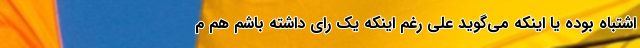
اشتباه بوده یا اینکه می‌گوید علی رغم اینکه یک رای داشته باشم هم م